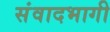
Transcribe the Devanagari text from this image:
संवादभागी